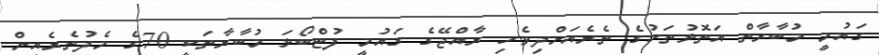
ގައުމީ މުބާރާތް އަތޮޅުތަކުގެ ތެރެއަށްދިވެހި ރާއްޖޭގެ ގައުމީ ފުޓްބޯޅަ މުބާރާތަކީ 70ގެ މެދުތެރެއިން